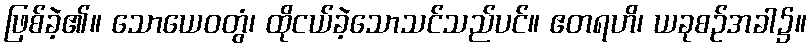
ဖြစ်ခဲ့၏။ သောယေဝတွံ၊ ထိုငယ်ခဲ့သောသင်သည်ပင်။ ဧတရဟိ၊ ယခုစဉ်အခါ၌။